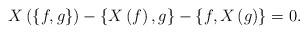
LaTeX: \begin{align*}X\left(\{f,g\}\right)-\{X\left(f\right),g\}-\{f, X\left(g\right)\}=0.\end{align*}